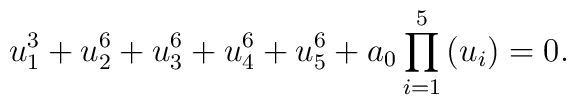
u_{1}^{3}+u_{2}^{6}+u_{3}^{6}+u_{4}^{6}+u_{5}^{6}+a_{0}\prod_{i=1}^{5}\left(u_{i}\right) =0.